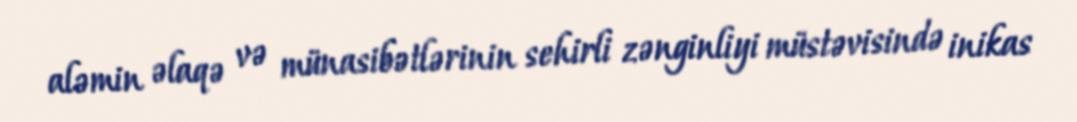
aləmin əlaqə və münasibətlərinin sehirli zənginliyi müstəvisində inikas